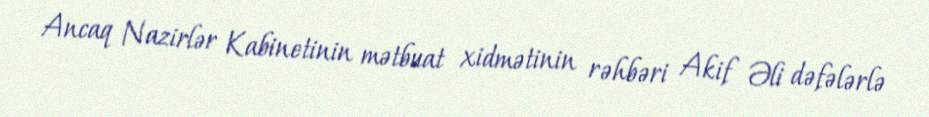
Ancaq Nazirlər Kabinetinin mətbuat xidmətinin rəhbəri Akif Əli dəfələrlə